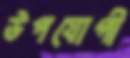
উপযোগী